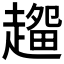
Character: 𰷽